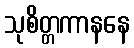
သုစိတ္တကာနနေ